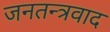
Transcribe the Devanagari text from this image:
जनतन्त्रवाद